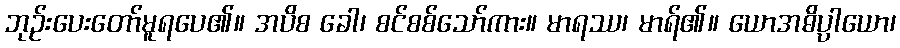
ဘုဉ်းပေးတော်မူရပေ၏။ အပိစ ခေါ၊ စင်စစ်သော်ကား။ မာရဿ၊ မာရ်၏။ ယောအဓိပ္ပါယော၊